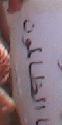
الظالون